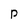
Character: p